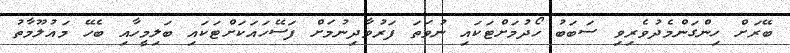
ބޭރަށް ހިންގަންމެދުވެރިވި ސަބަބު ހޯދުމަށްޓަކައި ނުވަތަ ފަރުވާދިނުމަށް ފަސޭހައަކަށްޓަކައި ބަލިމީހާއި ބެހޭ މައުލޫމާތު